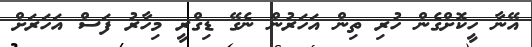
އޭނާ ހީކޮށްގެން ހުރި ތިން އަހަރުން ނެގޭ ޑިގްރީ މިހާރު ފަސް އަހަރަށް